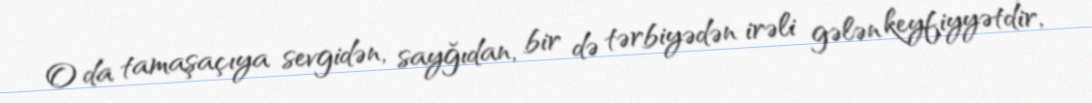
O da tamaşaçıya sevgidən, sayğıdan, bir də tərbiyədən irəli gələn keyfiyyətdir,